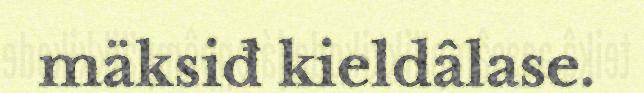
mäksiđ kieldâlase.